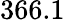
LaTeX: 366.1